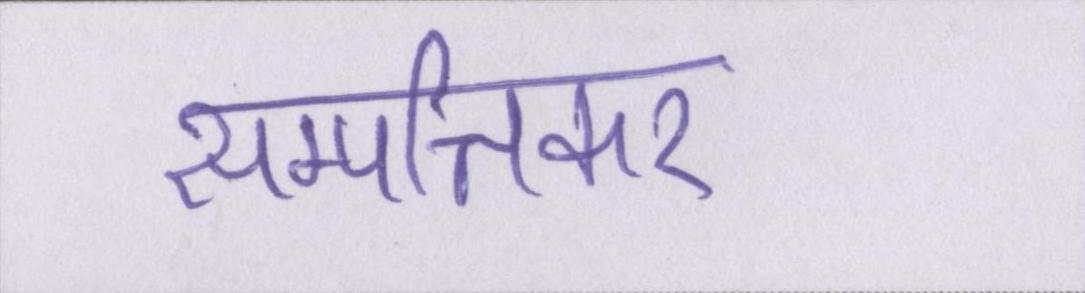
सम्पत्तिकर